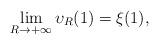
LaTeX: \begin{align*}\lim_{R\to+\infty}\upsilon_R(1)=\xi(1),\end{align*}